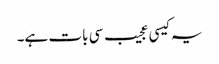
یہ کیسی عجیب سی بات ہے۔